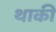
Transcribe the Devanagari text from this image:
थाकी